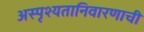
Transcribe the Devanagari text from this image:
अस्पृश्‍यतानिवारणाची